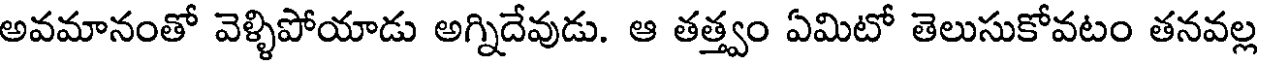
అవమానంతో వెళ్ళిపోయాడు అగ్నిదేవుడు. ఆ తత్త్వం ఏమిటో తెలుసుకోవటం తనవల్ల